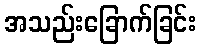
အသည်းခြောက်ခြင်း